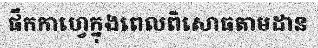
ផឹកកាហ្វេក្នុងពេលពិសោធតាមដាន